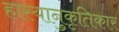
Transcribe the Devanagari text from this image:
हास्यानुकृतिकार